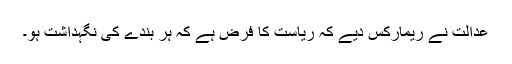
عدالت نے ریمارکس دیے کہ ریاست کا فرض ہے کہ ہر بندے کی نگہداشت ہو۔